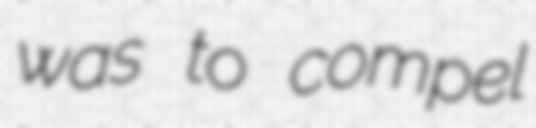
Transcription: was to compel